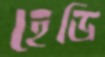
হেডি